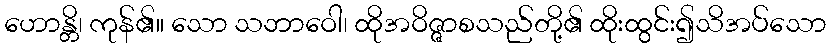
ဟောန္တိ၊ ကုန်၏။ သော သဘာဝေါ၊ ထိုအဝိဇ္ဇာစသည်တို့၏ ထိုးထွင်း၍သိအပ်သော